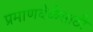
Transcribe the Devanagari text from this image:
प्रमाणवेळेसाठी